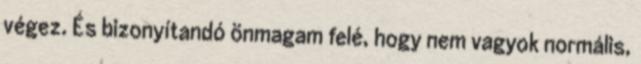
végez. És bizonyítandó önmagam felé, hogy nem vagyok normális,